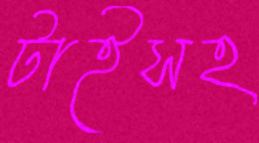
টাইসহ